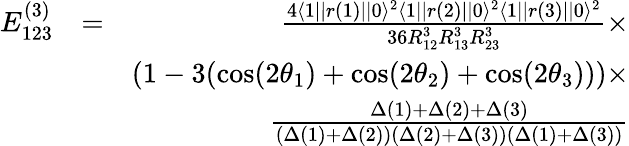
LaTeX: \begin{array}{rlr}{E_{123}^{(3)}}&{=}&{\frac{4\langle 1||r(1)||0\rangle^{2}\langle 1||r(2)||0\rangle^{2}\langle 1||r(3)||0\rangle^{2}}{36R_{12}^{3}R_{13}^{3}R_{23}^{3}}\times}\\ &{}&{(1-3(\cos(2\theta_{1})+\cos(2\theta_{2})+\cos(2\theta_{3})))\times}\\ &{}&{\frac{\Delta(1)+\Delta(2)+\Delta(3)}{(\Delta(1)+\Delta(2))(\Delta(2)+\Delta(3))(\Delta(1)+\Delta(3))}}\end{array}